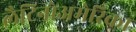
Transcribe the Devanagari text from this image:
लैटिनोअमेरिका